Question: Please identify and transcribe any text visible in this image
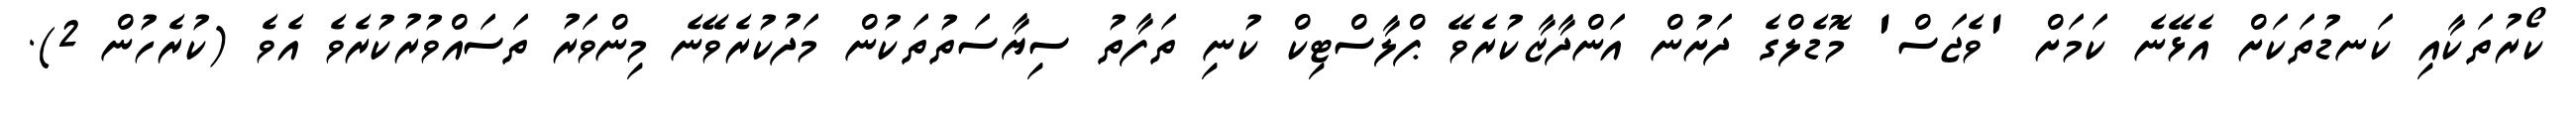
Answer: ކޯރުތަކާއި ކަނޑުތަކަށް އެޅޭނެ ކަމަށް 'ވެޖަސް' މޮޑެލްގެ ދަށުން އަންދާޒާކުރެވޭ ޕްލާސްޓިކް ކުނި ތަފާތު ސިޔާސަތުތަކުން މަދުކުރެވޭނެ މިންވަރު ތަސައްވުރުކުރެވެ އެވެ (ކުރެހުން 2).